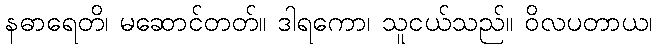
နဓာရေတိ၊ မဆောင်တတ်။ ဒါရကော၊ သူငယ်သည်။ ဝိလပတာယ၊